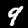
Label: 9